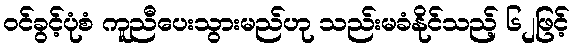
ဝင်ခွင့်ပုံစံ ကူညီပေးသွားမည်ဟု သည်းမခံနိုင်သည့် ၆၂ဖြင့်